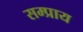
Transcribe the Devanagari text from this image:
सम्प्राय